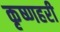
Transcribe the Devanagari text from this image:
कृष्णहरी